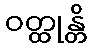
ဝတ္ထုန္တိ